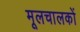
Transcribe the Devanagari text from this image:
मूलचालकों